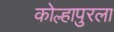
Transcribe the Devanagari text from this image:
कोल्हापुरला